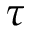
\tau